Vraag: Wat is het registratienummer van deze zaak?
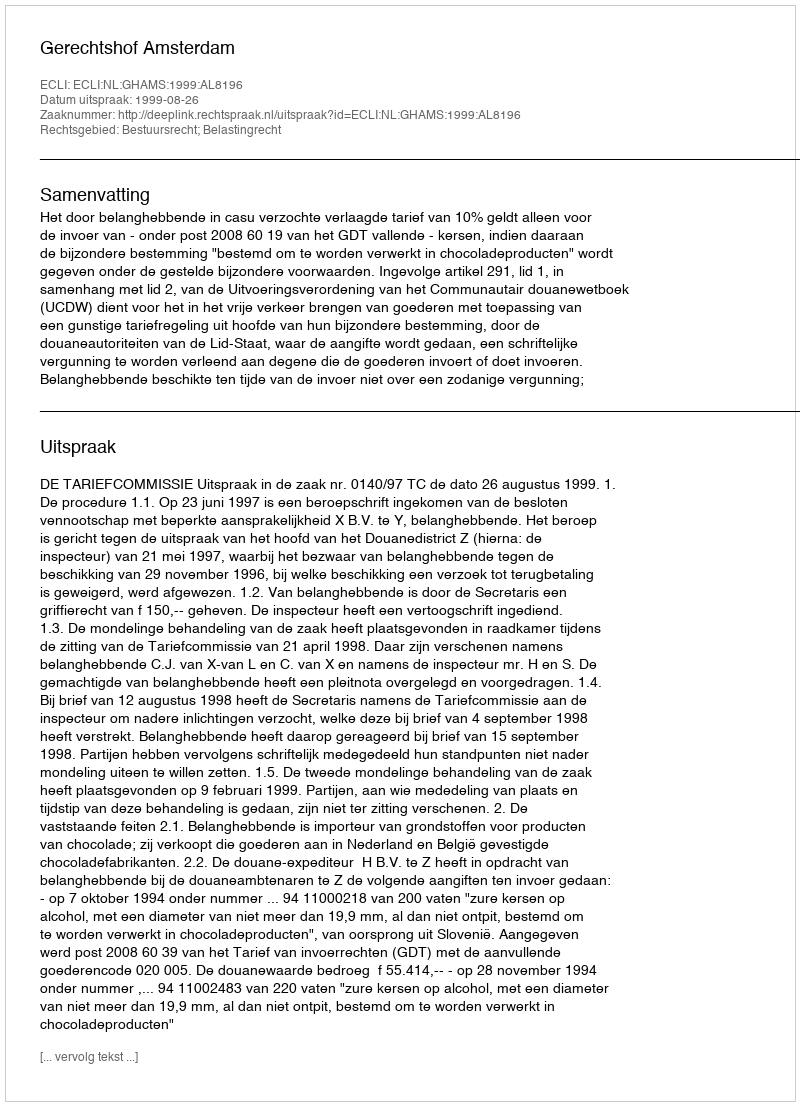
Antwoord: http://deeplink.rechtspraak.nl/uitspraak?id=ECLI:NL:GHAMS:1999:AL8196